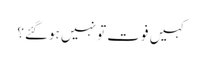
کہیں فوت تو نہیں ہوگئے؟